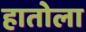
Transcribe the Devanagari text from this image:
हातोला